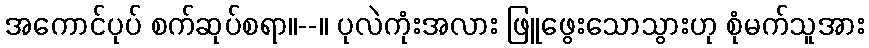
အကောင်ပုပ် စက်ဆုပ်စရာ။--။ ပုလဲကုံးအလား ဖြူဖွေးသောသွားဟု စုံမက်သူအား